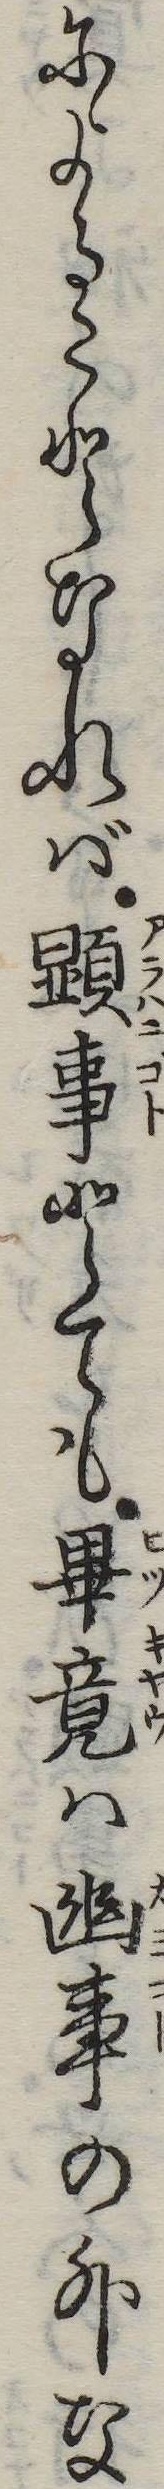
によることなれば顕事とても畢竟は幽事の外な